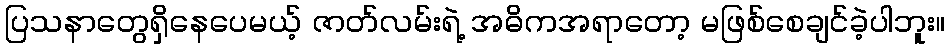
ပြသနာတွေရှိနေပေမယ့် ဇာတ်လမ်းရဲ့ အဓိကအရာတော့ မဖြစ်စေချင်ခဲ့ပါဘူး။